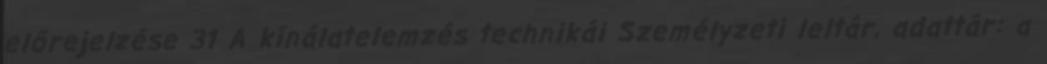
előrejelzése 31 A kínálatelemzés technikái Személyzeti leltár, adattár: a